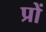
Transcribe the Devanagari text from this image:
प्रों